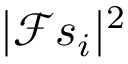
| \mathcal { F } s _ { i } | ^ { 2 }